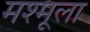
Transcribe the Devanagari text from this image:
मश्मूला